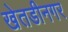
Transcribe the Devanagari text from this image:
खेतडीनगर